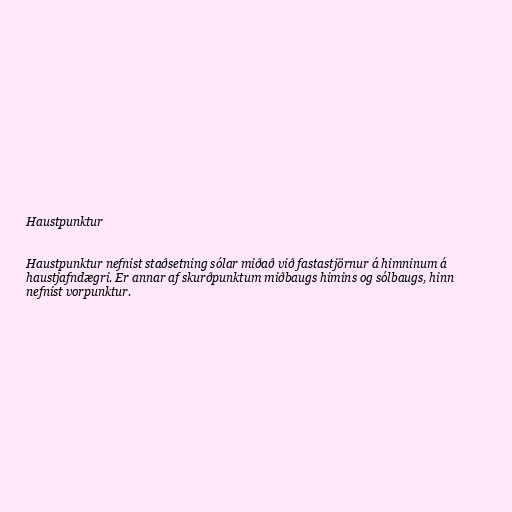
Haustpunktur

Haustpunktur nefnist staðsetning sólar miðað við fastastjörnur á himninum á
haustjafndægri. Er annar af skurðpunktum miðbaugs himins og sólbaugs, hinn
nefnist vorpunktur.